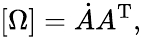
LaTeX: [\Omega]={\dot{A}}A^{\mathrm{T}},